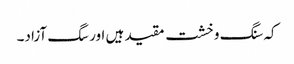
کہ سنگ و خشت مقید ہیں اور سگ آزاد۔